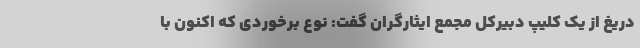
دریغ از یک کلیپ دبيركل مجمع ايثارگران گفت: نوع برخوردی که اکنون با